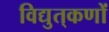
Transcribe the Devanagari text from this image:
विद्युत्‌कणों